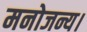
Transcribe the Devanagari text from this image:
मनोजन्य।